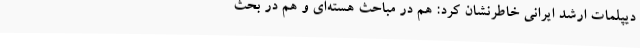
دیپلمات ارشد ایرانی خاطرنشان کرد: هم در مباحث هسته‌ای و هم در بحث